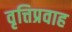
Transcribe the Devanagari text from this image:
वृत्तिप्रवाह